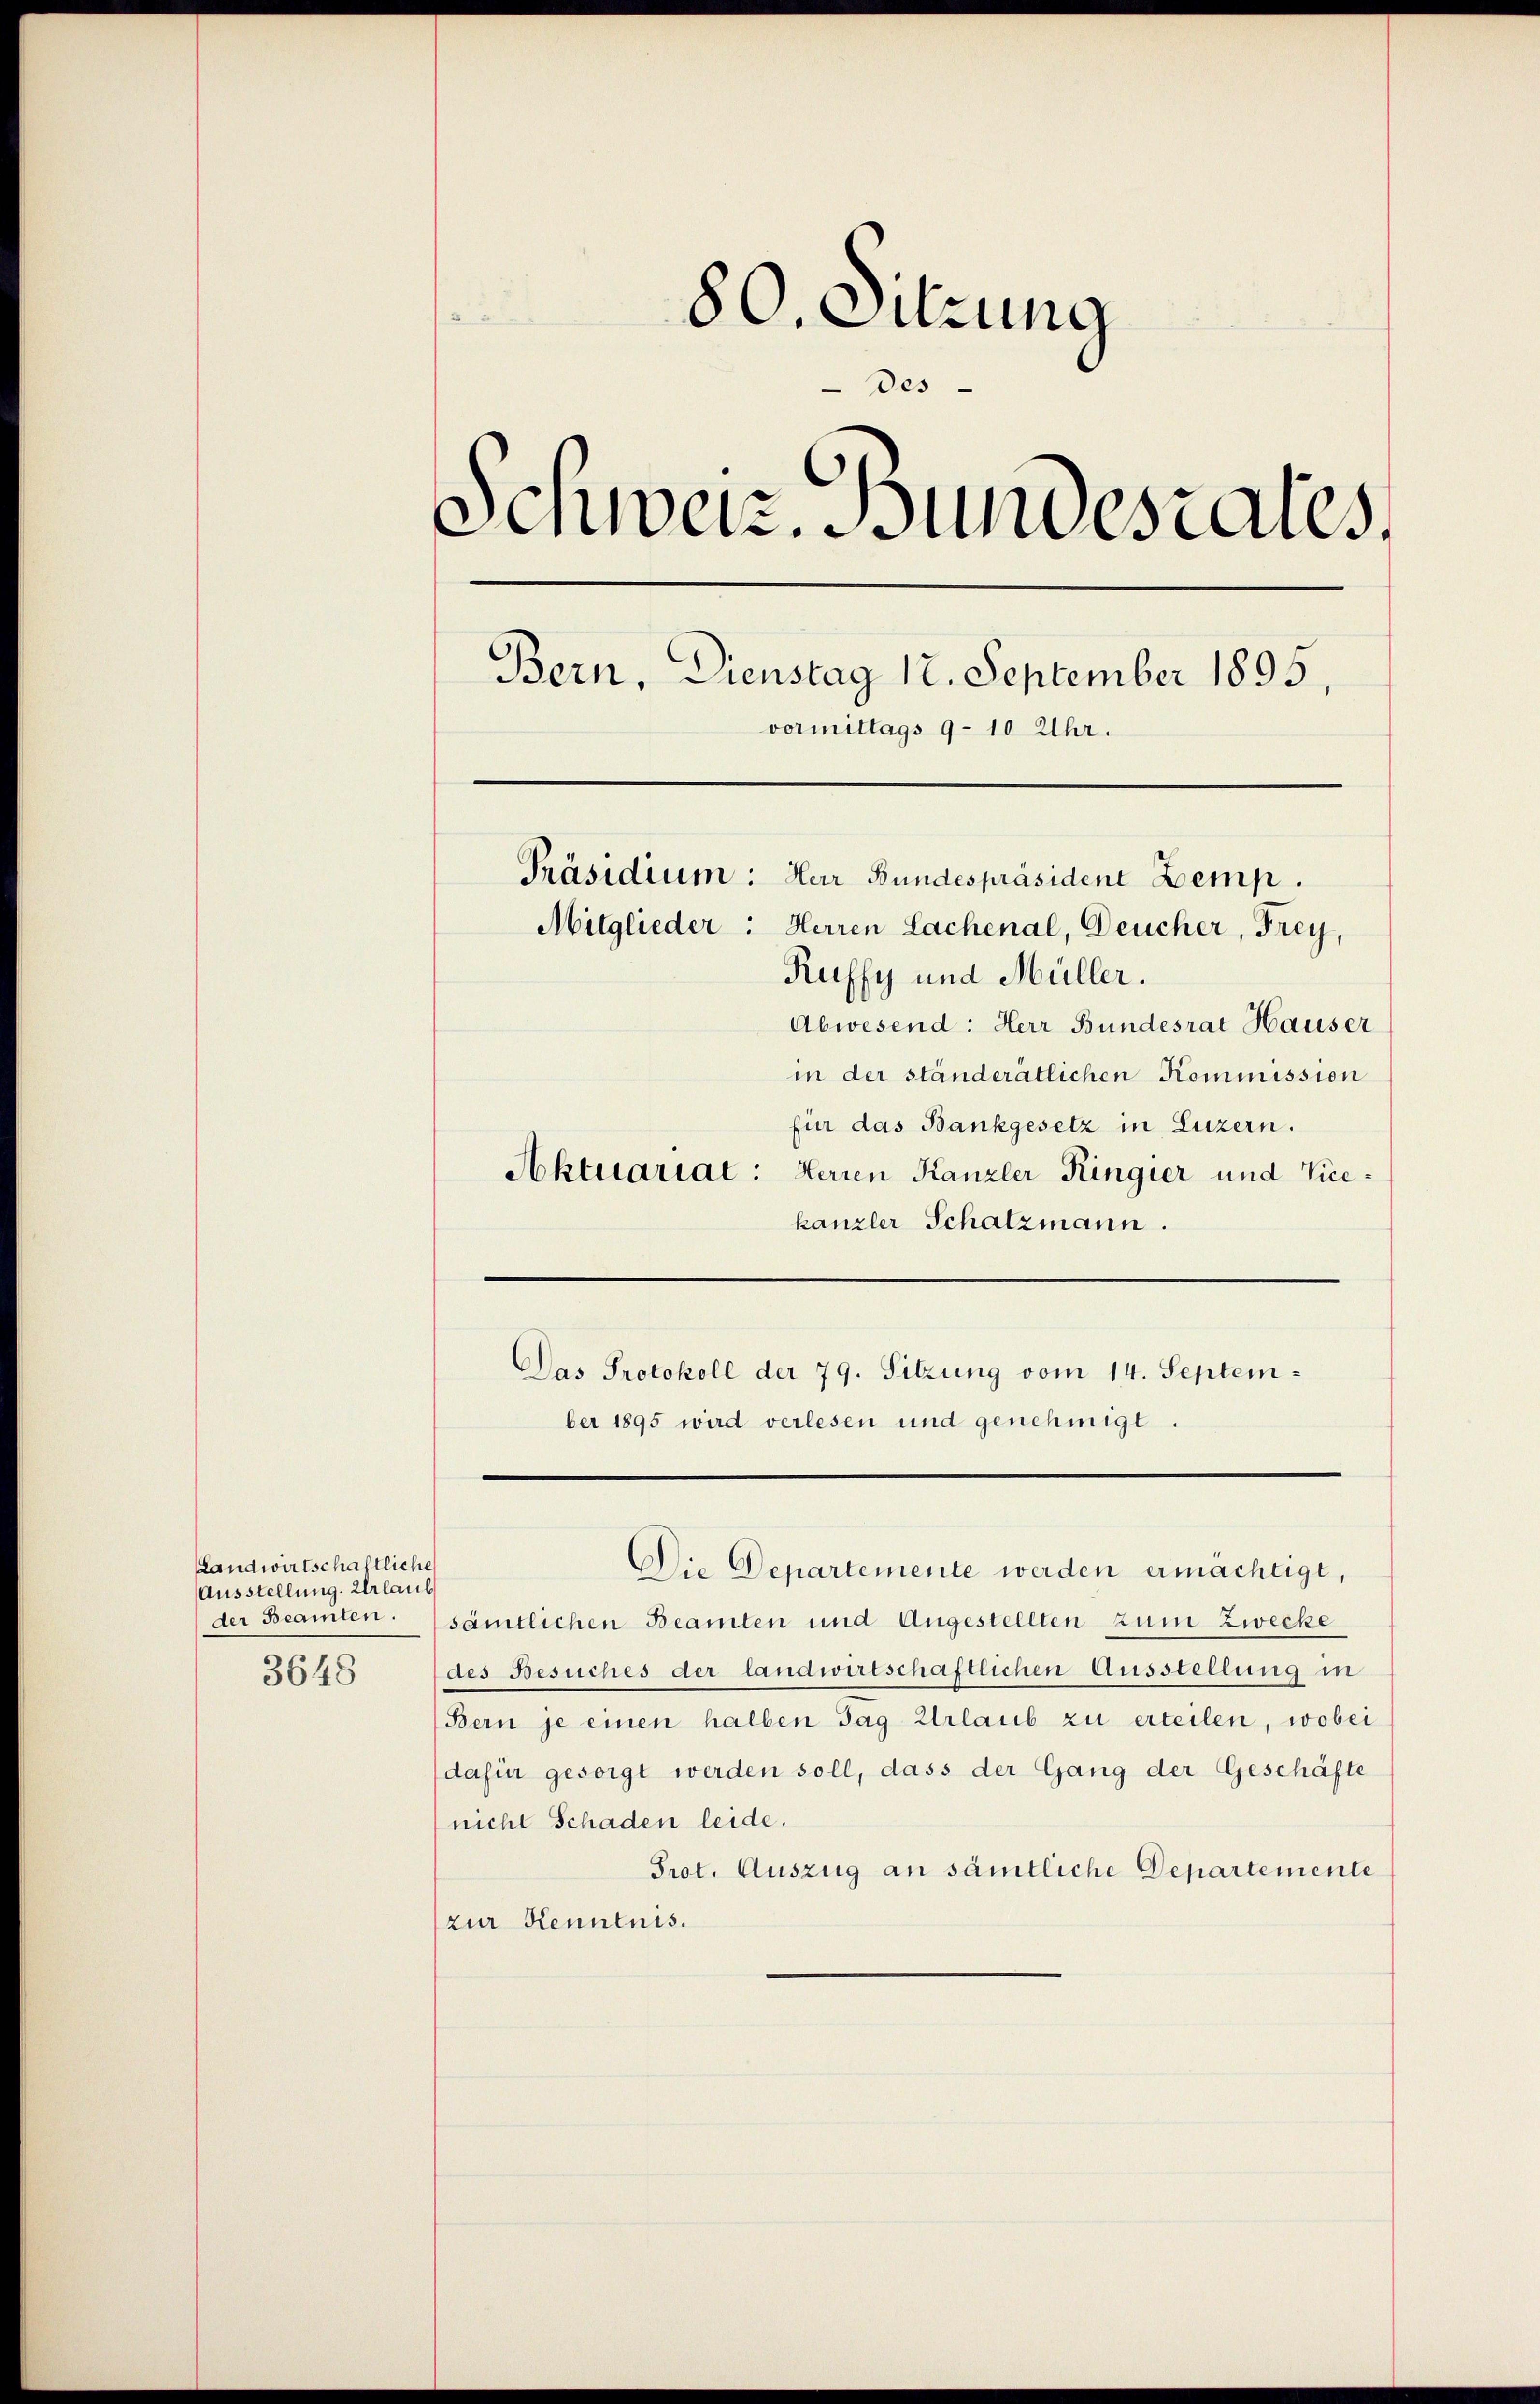
Landwirtschaftliche
Ausstellung. Urlaub
der Beamten.
3648

80. Sitzung
Des
Schweiz. Bundesrates.
Bern, Dienstag 12. September 1895,
vormittags 9-10 Uhr.
Präsidium: Herr Bundespräsident Lemp.
Mitglieder: Herren Lachenal, Deucher, Frey,
Ruffy und Müller.
Abwesend: Herr Bundesrat Hauser
in der ständerätlichen Kommission
für das Bankgesetz in Luzern.
Aktuariat: Herren Kanzler Ringier und Vice¬

kanzler Schatzmann.
Das Protokoll der 79. Sitzung vom 14. September 1895 wird verlesen und genehmigt.

Die Departemente werden ermächtigt,

sämtlichen Beamten und Angestellten zum Zwecke
des Besuches der landwirtschaftlichen Ausstellung in
Bern je einen halben Tag Urlaub zu erteilen, wobei
(dafür gesorgt werden soll, dass der Gang der Geschäfte
nicht Schaden leide.
Prot. Auszug an sämtliche Departemente
(zur Kenntnis.